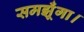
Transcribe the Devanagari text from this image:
समझूँगा।